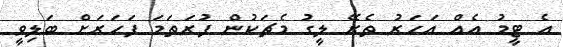
އެ ޓީމު އެއް އަހަރު ތެރޭ ލީގު މެޗަކުން ފުރަތަމަ ފަހަރަށް ބަލިވީ